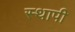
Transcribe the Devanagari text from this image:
स्थापी